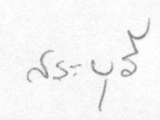
สระบุรี